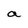
Character: a